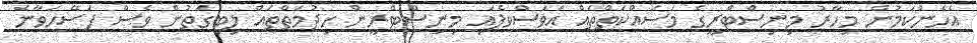
އެހެންކަމުން މިހާރު މިނިސްޓްރީގެ މަސައްކަތްތައް އަވަސްވެފައި މިނިސްޓްރީން ހިދުމަތްތައް ލިބިގަތުން ވެސް ފަސޭހަވާނެ